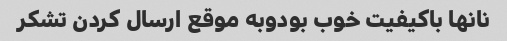
نانها باکیفیت خوب بودوبه موقع ارسال کردن تشکر